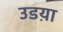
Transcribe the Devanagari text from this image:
उडय़ा